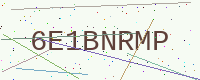
Text: 6E1BNRMP